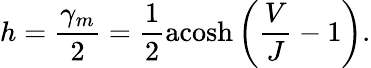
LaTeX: h=\frac{\gamma_{m}}{2}=\frac{1}{2}\mathrm{acosh}\left(\frac{V}{J}-1\right).